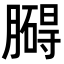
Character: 𦡡